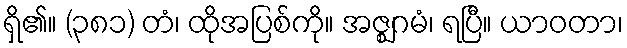
ရှိ၏။ (၃၈၁) တံ၊ ထိုအပြစ်ကို။ အဇ္ဈဂမံ၊ ရပြီ။ ယာဝတာ၊